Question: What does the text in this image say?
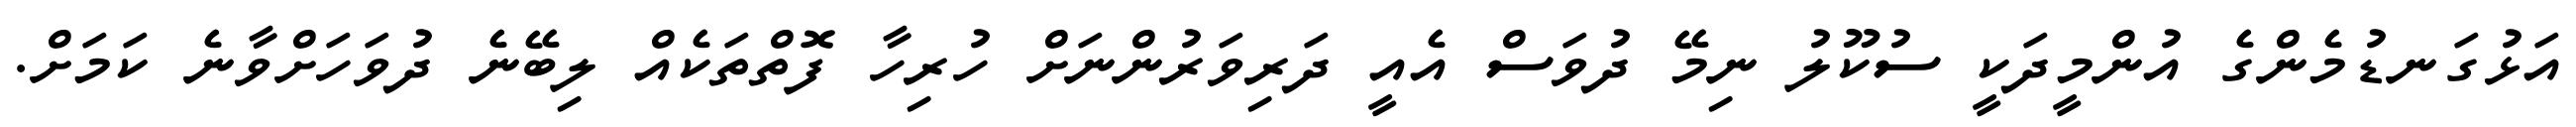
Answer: އަޅުގަނޑުމެންގެ އުންމީދަކީ ސުކޫލު ނިމޭ ދުވަސް އެއީ ދަރިވަރުންނަށް ހުރިހާ ފޮތްތަކެއް ލިބޭނެ ދުވަހަށްވާނެ ކަމަށް.